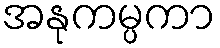
အနုကမ္ပကာ